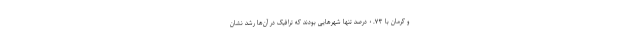
و کرمان با ۰.۷۳ درصد تنها شهرهایی بودند که ترافیک در آن‌ها رشد نشان